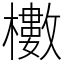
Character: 櫢